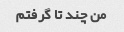
من چند تا گرفتم